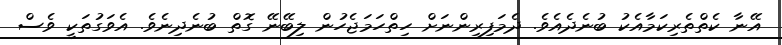
އޭނާ ކެތްތެރިކަމާއެކު ބުނެދެއެވެ. ދެމަފިރިންނަށް ހިތްހަމަޖެހުން ލިބޭނޭ ގޮތް ބުނެދިނެވެ. އެވަގުތަކީ ވެސް